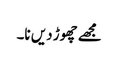
مجھے چھوڑ دیں نا۔